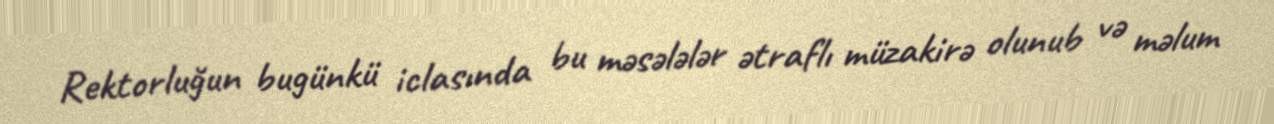
Rektorluğun bugünkü iclasında bu məsələlər ətraflı müzakirə olunub və məlum